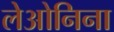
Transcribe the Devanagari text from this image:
लेओनिना